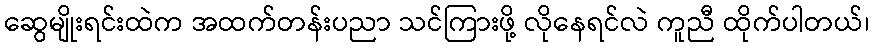
ဆွေမျိုးရင်းထဲက အထက်တန်းပညာ သင်ကြားဖို့ လိုနေရင်လဲ ကူညီ ထိုက်ပါတယ်၊